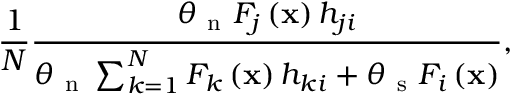
\frac { 1 } { N } \frac { \theta _ { \mathrm { ~ n ~ } } F _ { j } \left( \mathbf { x } \right) h _ { j i } } { \theta _ { \mathrm { ~ n ~ } } \sum _ { k = 1 } ^ { N } F _ { k } \left( \mathbf { x } \right) h _ { k i } + \theta _ { \mathrm { ~ s ~ } } F _ { i } \left( \mathbf { x } \right) } ,